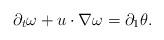
LaTeX: \begin{align*}\partial_t \omega+u\cdot\nabla \omega=\partial_1\theta.\end{align*}